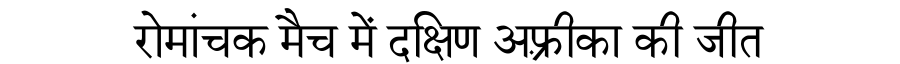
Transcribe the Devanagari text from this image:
रोमांचक मैच में दक्षिण अफ़्रीका की जीत